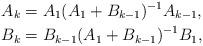
LaTeX: \begin{align*}A_k&= A_1(A_1+B_{k-1})^{-1}A_{k-1}, \\B_k&=B_{k-1}(A_1+B_{k-1})^{-1}B_1,\end{align*}